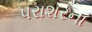
પરાશરના